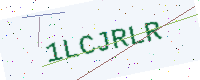
Text: 1LCJRLR